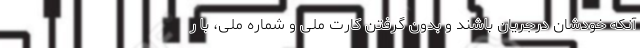
آنکه خودشان درجریان باشند و بدون گرفتن کارت ملی و شماره ملی، با ر